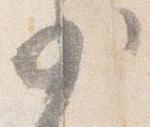
少